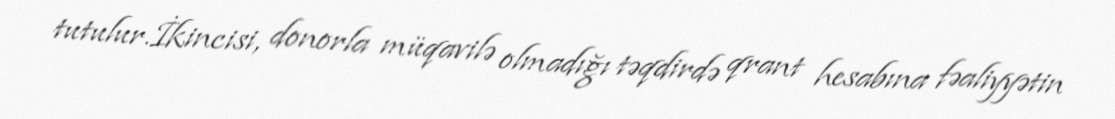
tutulur.İkincisi, donorla müqavilə olmadığı təqdirdə qrant hesabına fəaliyyətin